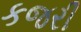
કજરી